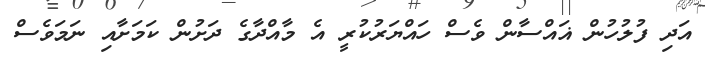
އަދި ފުލުހުން ޣައްސާން ވެސް ހައްޔަރުކުރީ އެ މާއްދާގެ ދަށުން ކަމަށާއި ނަމަވެސް